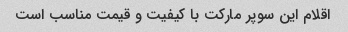
اقلام این سوپر مارکت با کیفیت و قیمت مناسب است